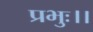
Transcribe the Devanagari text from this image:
प्रभुः।।